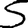
Digit: 5